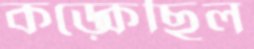
কড়্‌কেছিল